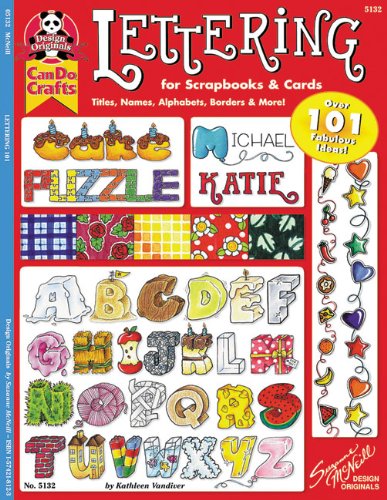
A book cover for Lettering 101 for Scrapbooks & Cards: Titles, Names, Alphabets, Borders & More (Design Originals Can Do Crafts); Suzanne McNeill; Crafts, Hobbies & Home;